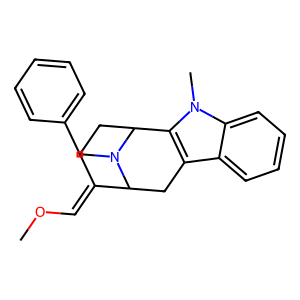
SMILES: COC=C1CCC2c3c(c4ccccc4n3C)CC1N2Cc1ccccc1
Inhibits HIV replication: No